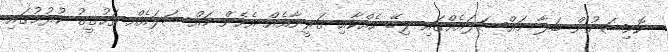
ކޮމިޝަނުން ބަލާ މައްސަލައެއްގައި ލިބޭ ހެއްކާއި ގަރީނާއެއް އެހެން މައްސަލައެއް ތަހުގީގު ކުރުމުގައި